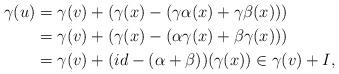
LaTeX: \begin{align*} \gamma(u) &= \gamma(v) + (\gamma(x) - (\gamma\alpha(x)+\gamma\beta(x)))\\ &= \gamma(v) + (\gamma(x) - (\alpha\gamma(x) + \beta\gamma(x)))\\ &= \gamma(v) + (id-(\alpha+\beta))(\gamma(x)) \in \gamma(v) + I,\end{align*}